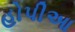
હોપીઆ